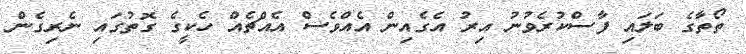
ތޯތާގެ ބަލައި ފާސްކުރެވުނު އިރު އެގެއިން އެއްވެސް އެއްޗެއް ހެކީގެ ގޮތުގައި ނެރިގެން